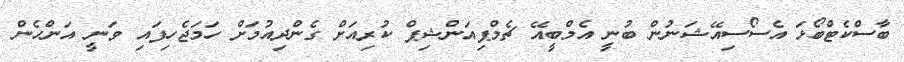
ބާސްކެޓްބޯޅަ އެސޯސިއޭޝަނުން ބުނީ އެމްބީއޭ ޗެމްޕިއަންޝިޕް ކުރިއަށް ގެންދިއުމަށް ހަމަޖެހިފައި ވަނީ އަންހެން